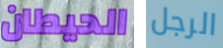
الحيطان الرجل